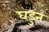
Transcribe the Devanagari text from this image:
घडुन